Annual report on the lock hospitals of the Madras Presidency
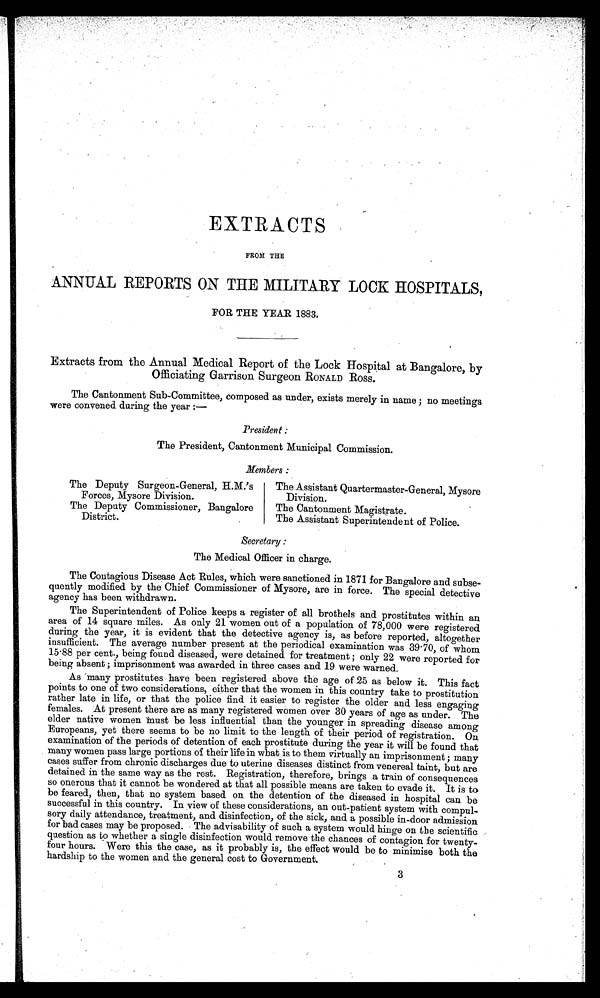
EXTRACTS
FROM THE
ANNUAL REPORTS ON THE MILITARY LOCK HOSPITALS,
FOR THE YEAR 1883.
Extracts from the Annual Medical Report of the Lock Hospital at Bangalore, by
Officiating Garrison Surgeon RONALD ROSS.
The Cantonment Sub-Committee, composed as under, exists merely in name ; no meetings
were convened during the year :—
President :
The President, Cantonment Municipal Commission.
Members :
The Deputy Surgeon-General, H.M.'s
Forces, Mysore Division.
The Deputy Commissioner, Bangalore
District.
The Assistant Quartermaster-General, Mysore
Division.
The Cantonment Magistrate.
The Assistant Superintendent of Police.
Secretary
The Medical Officer in charge.
The Contagious Disease Act Rules, which were sanctioned in 1871 for Bangalore and subse-
quently modified by the Chief Commissioner of Mysore, are in force. The special detective
agency has been withdrawn.
The Superintendent of Police keeps a register of all brothels and prostitutes within an
area of 14 square miles. As only 21 women out of a population of 78,000 were registered
during the year, it is evident that the detective agency is, as before reported, altogether
insufficient. The average number present at the periodical examination was 39·70, of whom
15·88 per cent., being found diseased, were detained for treatment ; only 22 were reported for
being absent ; imprisonment was awarded in three cases and 19 were warned.
As many prostitutes have been registered above the age of 25 as below it. This fact
points to one of two considerations, either that the women in this country take to prostitution
rather late in life, or that the police find it easier to register the older and less engaging
females. At present there are as many registered women over 30 years of age as under. The
elder native women must be less influential than the younger in spreading disease among
Europeans, yet there seems to be no limit to the length of their period of registration. On
examination of the periods of detention of each prostitute during the year it will be found that
many women pass large portions of their life in what is to them virtually an imprisonment ; many
cases suffer from chronic discharges due to uterine diseases distinct from venereal taint, but are
detained in the same way as the rest. Registration, therefore, brings a train of consequences
so onerous that it cannot be wondered at that all possible means are taken to evade it. It is to
be feared, then, that no system based on the detention of the diseased in hospital can be
successful in this country. In view of these considerations, an out-patient system with compul-
sory daily attendance, treatment, and disinfection, of the sick, and a possible in-door admission
for bad cases may be proposed. The advisability of such a system would hinge on the scientific
question as to whether a single disinfection would remove the chances of contagion for twenty-
four hours. Were this the case, as it probably is, the effect would be to minimise both the
hardship to the women and the general cost to Government.
3